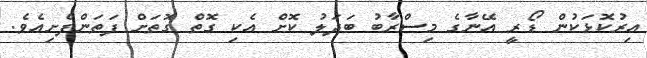
އިރުކޮޅަކުން ޑޯރީ އޭނާގެ މިސްރާބު ބަދަލު ކޮށް އެކި ގޮތް ގޮތަށް ފަތަންފެށިއެވެ.